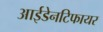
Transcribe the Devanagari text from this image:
आईडेनटिफायर